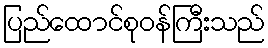
ပြည်ထောင်စုဝန်ကြီးသည်